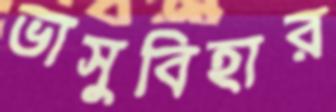
ভাসুবিহার